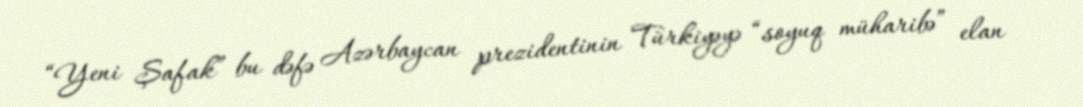
“Yeni Şafak” bu dəfə Azərbaycan prezidentinin Türkiyəyə “soyuq müharibə” elan